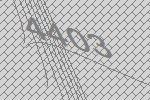
4403